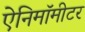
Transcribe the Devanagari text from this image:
ऐनिमॉमीटर